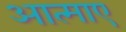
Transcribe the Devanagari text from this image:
आत्माए